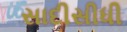
સાદીસીધી